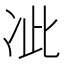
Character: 𭂍